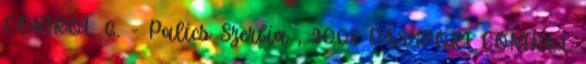
CONTROL 6. - Palics Szerbia , 2008 PASSPORT CONTROL